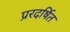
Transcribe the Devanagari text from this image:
प्ररदर्षित